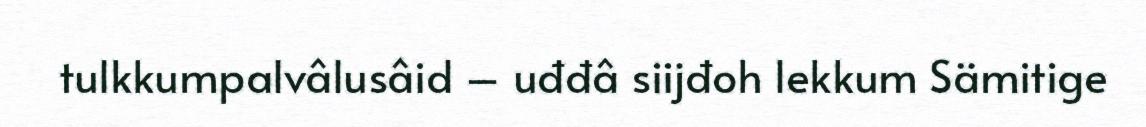
tulkkumpalvâlusâid – uđđâ siijđoh lekkum Sämitige